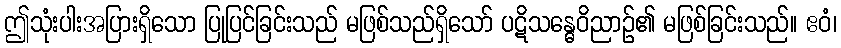
ဤသုံးပါးအပြားရှိသော ပြုပြင်ခြင်းသည် မဖြစ်သည်ရှိသော် ပဋိသန္ဓေဝိညာဉ်၏ မဖြစ်ခြင်းသည်။ ဧဝံ၊